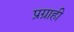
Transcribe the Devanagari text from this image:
प्रग्राही